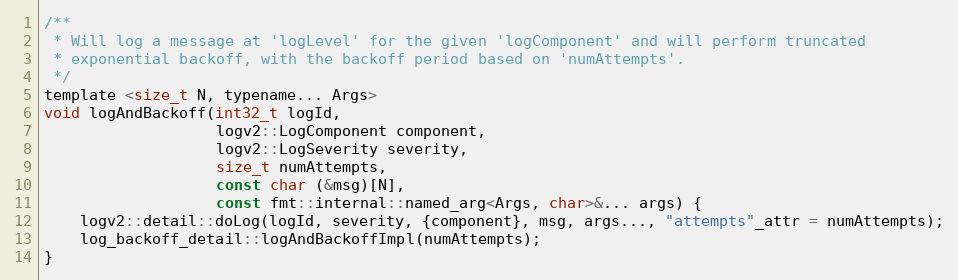
Language: C
/**
 * Will log a message at 'logLevel' for the given 'logComponent' and will perform truncated
 * exponential backoff, with the backoff period based on 'numAttempts'.
 */
template <size_t N, typename... Args>
void logAndBackoff(int32_t logId,
                   logv2::LogComponent component,
                   logv2::LogSeverity severity,
                   size_t numAttempts,
                   const char (&msg)[N],
                   const fmt::internal::named_arg<Args, char>&... args) {
    logv2::detail::doLog(logId, severity, {component}, msg, args..., "attempts"_attr = numAttempts);
    log_backoff_detail::logAndBackoffImpl(numAttempts);
}